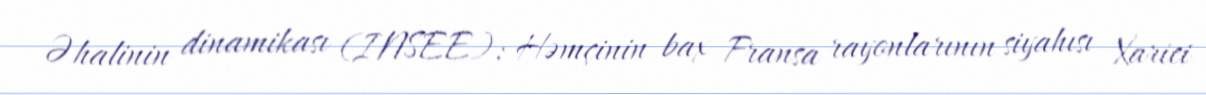
Əhalinin dinamikası (INSEE): Həmçinin bax Fransa rayonlarının siyahısı Xarici